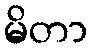
မိတာ